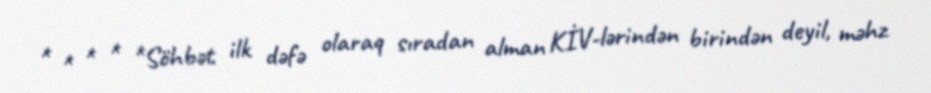
* * * * *Söhbət ilk dəfə olaraq sıradan alman KİV-lərindən birindən deyil, məhz